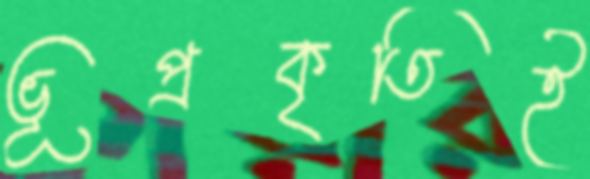
ভূপ্রকৃতিই